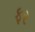
ફર